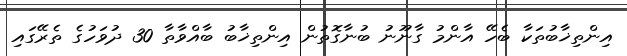
އިންތިޚާބުތަކާ ބެހޭ އާންމު ގާނޫނު ބުނާގޮތުން އިންތިޚާބު ބާއްވާތާ 30 ދުވަހުގެ ތެރޭގައި